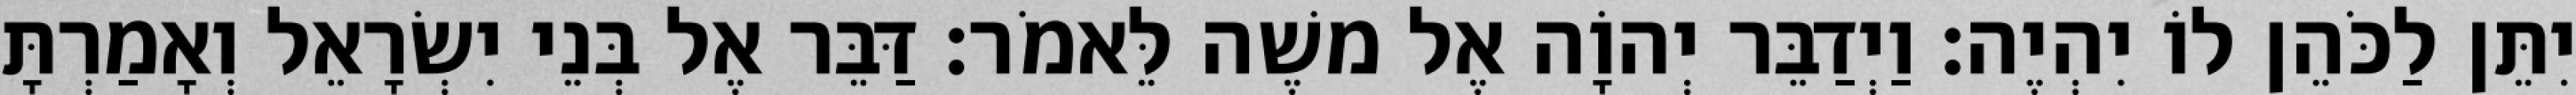
יִתֵּן לַכֹּהֵן לוֹ יִהְיֶה׃ וַיְדַבֵּר יְהוָֹה אֶל משֶׁה לֵּאמֹר׃ דַּבֵּר אֶל בְּנֵי יִשְׂרָאֵל וְאָמַרְתָּ